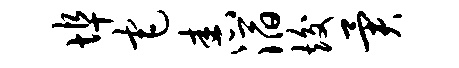
埠宅舂滔竣异